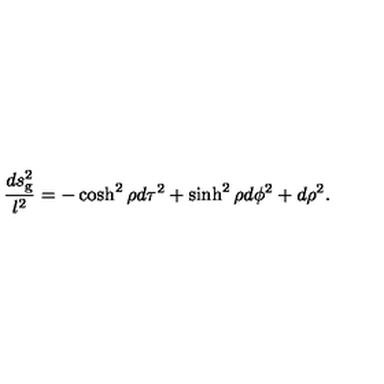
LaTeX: { \frac { d s _ { \mathrm { g } } ^ { 2 } } { l ^ { 2 } } } = - \cosh ^ { 2 } \rho d \tau ^ { 2 } + \sinh ^ { 2 } \rho d \phi ^ { 2 } + d \rho ^ { 2 } .